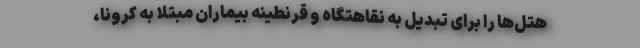
هتل‌ها را برای تبدیل به نقاهتگاه و قرنطینه بیماران مبتلا به کرونا،